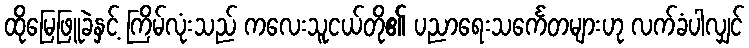
ထိုမြေဖြူခဲနှင့် ကြိမ်လုံးသည် ကလေးသူငယ်တို၏ ပညာရေးသင်္ကေတများဟု လက်ခံပါလျှင်